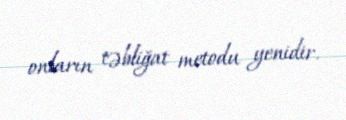
onların təbliğat metodu yenidir.